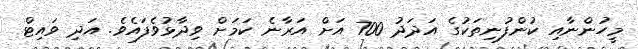
މީހުންނާއި ކުންފުނިތަކުގެ އަދަދު 700 އަށް އަރާނެ ކަމަށް ވިދާޅުވެފައެވެ. އަދި ވައިޓް